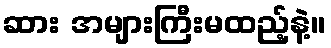
ဆား အများကြီးမထည့်နဲ့။